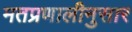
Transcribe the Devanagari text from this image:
मतप्रणालीनुसार